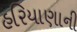
હરિયાણાની